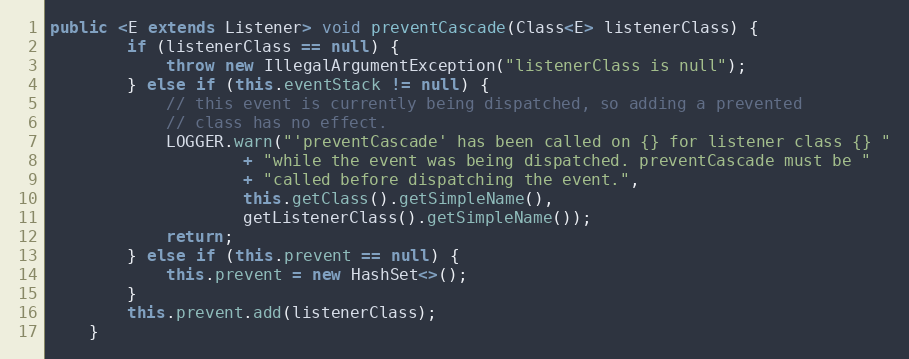
Language: Java
public <E extends Listener> void preventCascade(Class<E> listenerClass) {
        if (listenerClass == null) {
            throw new IllegalArgumentException("listenerClass is null");
        } else if (this.eventStack != null) {
            // this event is currently being dispatched, so adding a prevented
            // class has no effect.
            LOGGER.warn("'preventCascade' has been called on {} for listener class {} "
                    + "while the event was being dispatched. preventCascade must be "
                    + "called before dispatching the event.",
                    this.getClass().getSimpleName(),
                    getListenerClass().getSimpleName());
            return;
        } else if (this.prevent == null) {
            this.prevent = new HashSet<>();
        }
        this.prevent.add(listenerClass);
    }